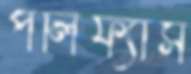
পলিফ্যাস